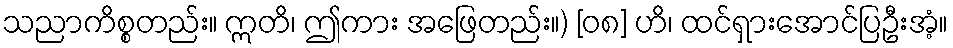
သညာကိစ္စတည်း။ ဣတိ၊ ဤကား အဖြေတည်း။) [၀၈] ဟိ၊ ထင်ရှားအောင်ပြဦးအံ့။